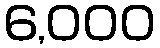
6,000